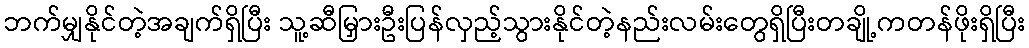
ဘက်မျှနိုင်တဲ့အချက်ရှိပြီး သူ့ဆီမြှားဦးပြန်လှည့်သွားနိုင်တဲ့နည်းလမ်းတွေရှိပြီးတချို့ကတန်ဖိုးရှိပြီး